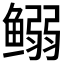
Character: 𱈍